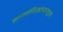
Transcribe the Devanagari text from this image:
ज्ञानविस्तारातून